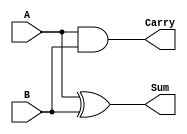
module half_adder (
    input wire A,    // First single-bit input
    input wire B,    // Second single-bit input
    output wire Sum, // Sum output
    output wire Carry // Carry output
);

// Logic for Sum and Carry
assign Sum = A ^ B;   // Sum is A XOR B
assign Carry = A & B; // Carry is A AND B

endmodule